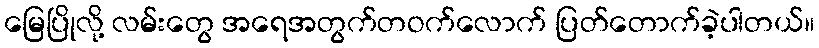
မြေပြိုလို့ လမ်းတွေ အရေအတွက်တဝက်လောက် ပြတ်တောက်ခဲ့ပါတယ်။